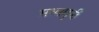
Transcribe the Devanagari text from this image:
मध्वमुनीं